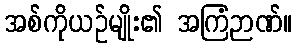
အစ်ကိုယဉ်မျိုး၏ အကြံဉာဏ်။